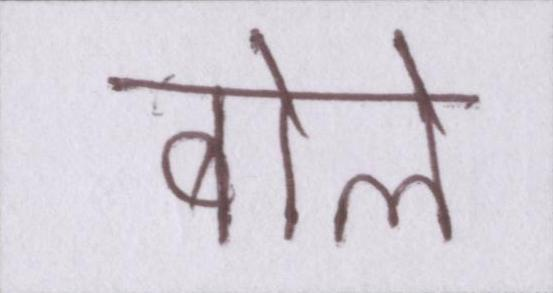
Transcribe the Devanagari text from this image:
बोले